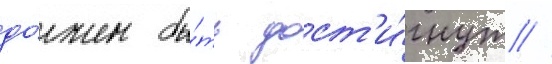
до́лжен бы́ть дост'и́гнут //